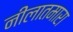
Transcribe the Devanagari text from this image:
नीलातमारा